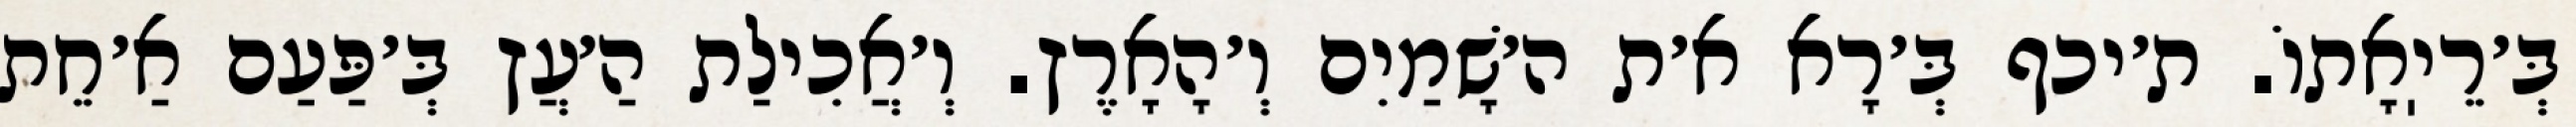
בְּ׳רֵיֽאָתוֹ. ת׳יכף בְּ׳רָא א׳ת ה׳שָׁמַיִם וְ׳הָאָרֶץ. וְ׳אֲכִילַת הַ׳עֲץ בְּ׳פַּעַם אַ׳חֵת